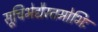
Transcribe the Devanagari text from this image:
सूचिभेद्यैस्तमोभिः